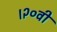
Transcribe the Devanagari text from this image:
।२०वीं